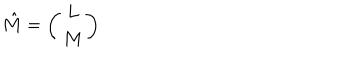
LaTeX: \hat { M } = \left( \begin{array} { c } { { L } } \\ { { M } } \\ \end{array} \right)